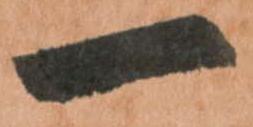
一